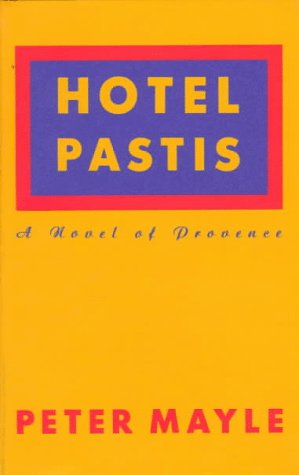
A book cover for Hotel Pastis: A Novel of Provence; Peter Mayle; Humor & Entertainment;